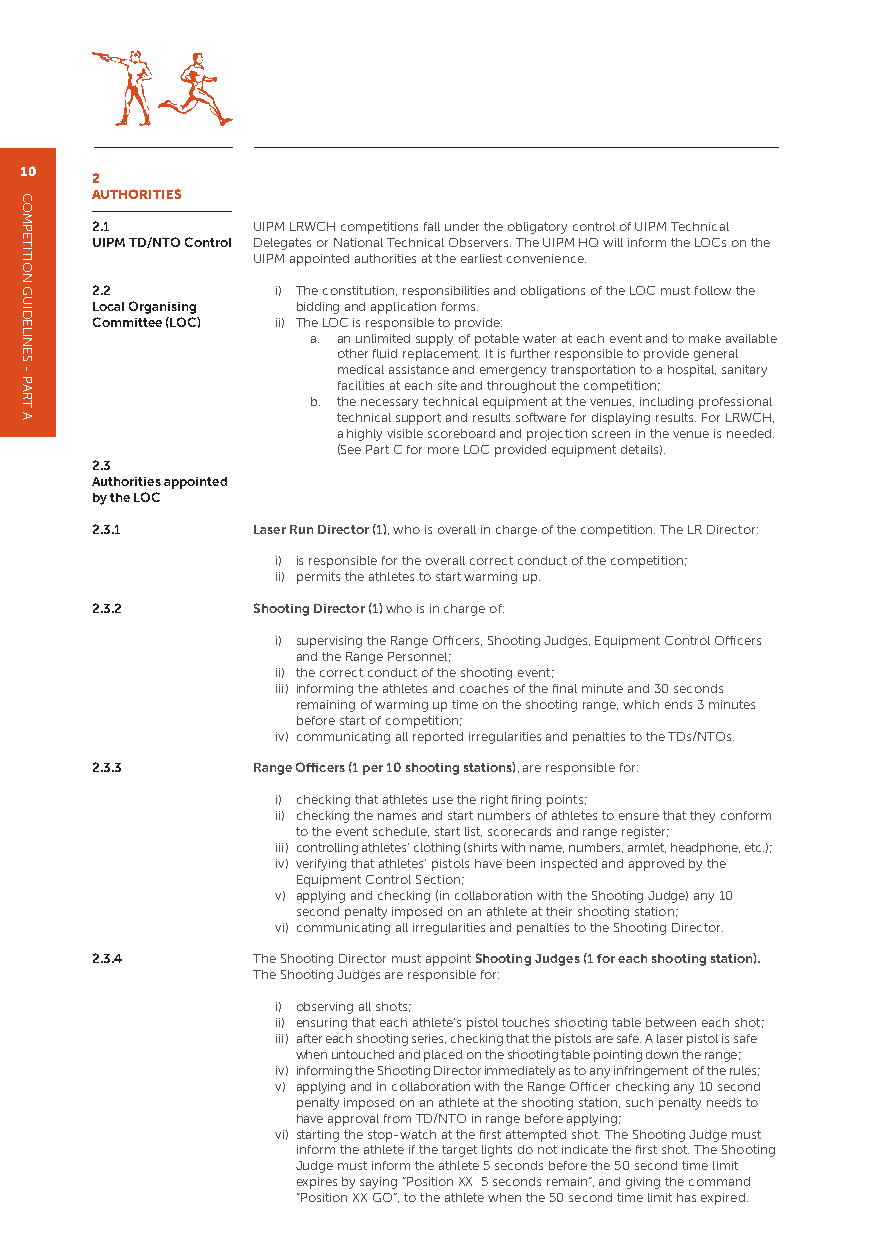
10
 2
 AUTHORITIES
 2.1        UIPM LRWCH competitions fall under the obligatory control of UIPM Technical
 UIPM TD/NTO Control Delegates or National Technical Observers. The UIPM HQ will inform the LOCs on the
 UIPM appointed authorities at the earliest convenience.
 2.2         i) The constitution, responsibilities and obligations of the LOC must follow the
 Local Organising bidding and application forms.
 Committee (LOC) ii) The LOC is responsible to provide:
 a. an unlimited supply of potable water at each event and to make available
 other fluid replacement. It is further responsible to provide general
 medical assistance and emergency transportation to a hospital, sanitary
 facilities at each site and throughout the competition;
 b. the necessary technical equipment at the venues, including professional
 technical support and results software for displaying results. For LRWCH,
 a highly visible scoreboard and projection screen in the venue is needed.
 (See Part C for more LOC provided equipment details).
 2.3
 Authorities appointed
 by the LOC
 2.3.1      Laser Run Director (1), who is overall in charge of the competition. The LR Director:
 i) is responsible for the overall correct conduct of the competition;
 ii) permits the athletes to start warming up.
 2.3.2      Shooting Director (1) who is in charge of:
 i) supervising the Range Officers, Shooting Judges, Equipment Control Officers
 and the Range Personnel;
 ii) the correct conduct of the shooting event;
 iii) informing the athletes and coaches of the final minute and 30 seconds
 remaining of warming up time on the shooting range, which ends 3 minutes
 before start of competition;
 iv) communicating all reported irregularities and penalties to the TDs/NTOs.
 2.3.3      Range Officers (1 per 10 shooting stations), are responsible for:
 i) checking that athletes use the right firing points;
 ii) checking the names and start numbers of athletes to ensure that they conform
 to the event schedule, start list, scorecards and range register;
 iii) controlling athletes’ clothing (shirts with name, numbers, armlet, headphone, etc.);
 iv) verifying that athletes’ pistols have been inspected and approved by the
 Equipment Control Section;
 v) applying and checking (in collaboration with the Shooting Judge) any 10
 second penalty imposed on an athlete at their shooting station;
 vi) communicating all irregularities and penalties to the Shooting Director.
 2.3.4      The Shooting Director must appoint Shooting Judges (1 for each shooting station).
 The Shooting Judges are responsible for:
 i) observing all shots;
 ii) ensuring that each athlete’s pistol touches shooting table between each shot;
 iii) after each shooting series, checking that the pistols are safe. A laser pistol is safe
 when untouched and placed on the shooting table pointing down the range;
 iv) informing the Shooting Director immediately as to any infringement of the rules;
 v) applying and in collaboration with the Range Officer checking any 10 second
 penalty imposed on an athlete at the shooting station, such penalty needs to
 have approval from TD/NTO in range before applying;
 vi) starting the stop-watch at the first attempted shot. The Shooting Judge must
 inform the athlete if the target lights do not indicate the first shot. The Shooting
 Judge must inform the athlete 5 seconds before the 50 second time limit
 expires by saying “Position XX 5 seconds remain”, and giving the command
 “Position XX GO”, to the athlete when the 50 second time limit has expired.
 COMPETITION
 GUIDELINES
 -
 PART
 A